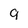
Character: 9